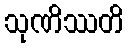
သုဏိဿတိ